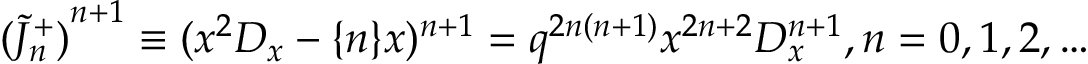
{ ( \tilde { J } _ { n } ^ { + } ) } ^ { n + 1 } \equiv ( x ^ { 2 } D _ { x } - \{ n \} x ) ^ { n + 1 } = q ^ { 2 n ( n + 1 ) } x ^ { 2 n + 2 } D _ { x } ^ { n + 1 } , n = 0 , 1 , 2 , \ldots